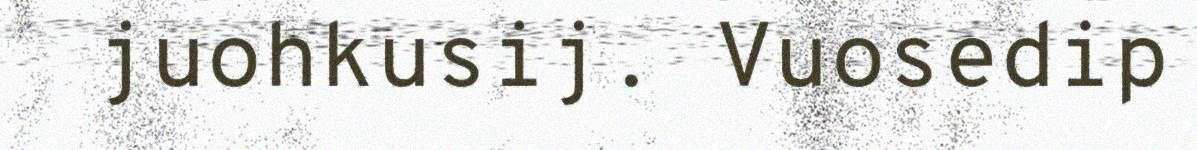
juohkusij. Vuosedip